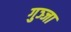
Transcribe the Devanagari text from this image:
गुञ्जा